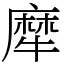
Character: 犘